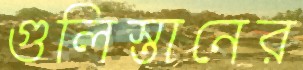
গুলিস্তানের